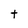
Character: t